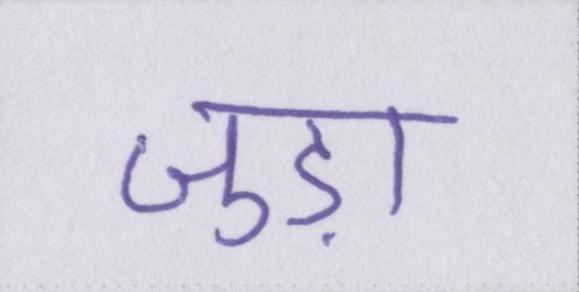
जुड़ा